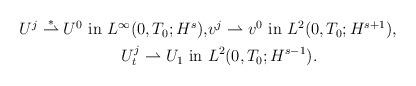
LaTeX: \begin{align*}\begin{aligned}U^{j}\overset{\ast}{\rightharpoonup} U^{0}~\mbox{in}~ L^{\infty}(0,T_{0};H^{s}),&v^{j}\rightharpoonup v^{0}~\mbox{in}~ L^{2}(0,T_{0};H^{s+1}),\\U_{t}^{j}\rightharpoonup U_{1}~\mbox{in}~&L^{2}(0,T_{0};H^{s-1}).\end{aligned}\end{align*}